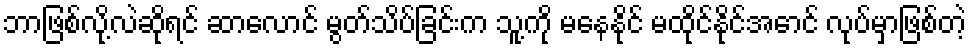
ဘာဖြစ်လို့လဲဆိုရင် ဆာလောင် မွတ်သိပ်ခြင်းက သူ့ကို မနေနိုင် မထိုင်နိုင်အောင် လုပ်မှာဖြစ်တဲ့